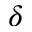
\delta